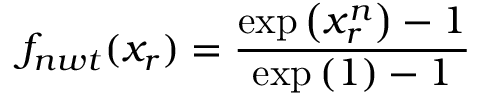
f _ { n w t } ( x _ { r } ) = \frac { \exp \left( x _ { r } ^ { n } \right) - 1 } { \exp \left( 1 \right) - 1 }